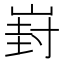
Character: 崶